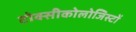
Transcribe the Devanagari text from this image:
टोक्सीकोलोजिस्टों